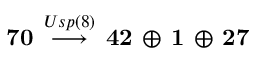
{ \bf 7 0 } \, \stackrel { U s p ( 8 ) } { \longrightarrow } \, { \bf 4 2 } \, \oplus \, { \bf 1 } \, \oplus \, { \bf 2 7 }